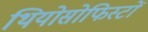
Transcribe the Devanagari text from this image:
थियोसोफिस्टों